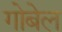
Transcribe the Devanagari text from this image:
गोबेल